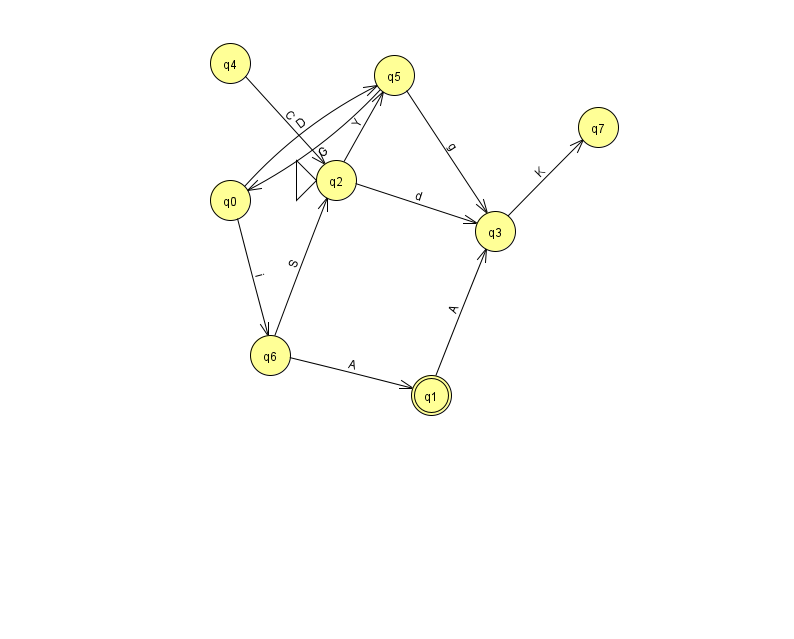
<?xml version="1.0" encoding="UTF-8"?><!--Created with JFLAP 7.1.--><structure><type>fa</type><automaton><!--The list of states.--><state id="0" name="q0"><x>230.0</x><y>187.0</y></state><state id="1" name="q1"><x>431.0</x><y>382.0</y><final/></state><state id="2" name="q2"><x>336.0</x><y>167.0</y><initial/></state><state id="3" name="q3"><x>495.0</x><y>218.0</y></state><state id="4" name="q4"><x>230.0</x><y>50.0</y></state><state id="5" name="q5"><x>394.0</x><y>62.0</y></state><state id="6" name="q6"><x>270.0</x><y>342.0</y></state><state id="7" name="q7"><x>598.0</x><y>114.0</y></state><!--The list of transitions.--><transition><from>1</from><to>3</to><read>A</read></transition><transition><from>0</from><to>5</to><read>D</read></transition><transition><from>5</from><to>3</to><read>g</read></transition><transition><from>2</from><to>3</to><read>d</read></transition><transition><from>6</from><to>2</to><read>S</read></transition><transition><from>5</from><to>0</to><read>G</read></transition><transition><from>6</from><to>1</to><read>A</read></transition><transition><from>2</from><to>5</to><read>Y</read></transition><transition><from>4</from><to>2</to><read>C</read></transition><transition><from>0</from><to>6</to><read>i</read></transition><transition><from>3</from><to>7</to><read>K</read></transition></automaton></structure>